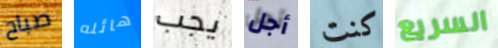
صباح هائله يجب أجل كنت السريع